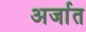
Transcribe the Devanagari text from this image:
अर्जात